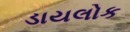
ડાયલોક